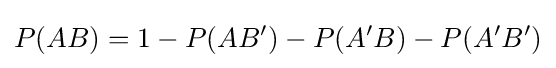
P(AB)=1-P(AB')-P(A'B)-P(A'B')